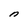
Character: n